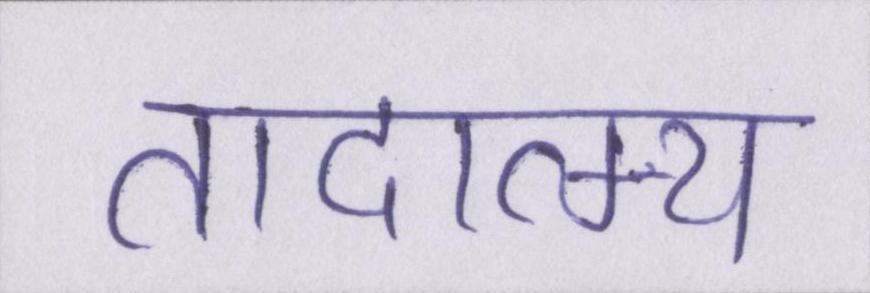
तादात्म्य